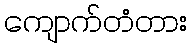
ကျောက်တံတား